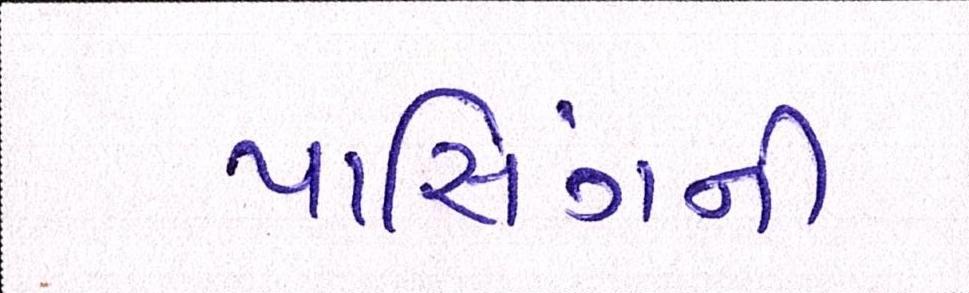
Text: પાસિંગની